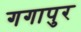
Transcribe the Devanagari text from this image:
गगापुर